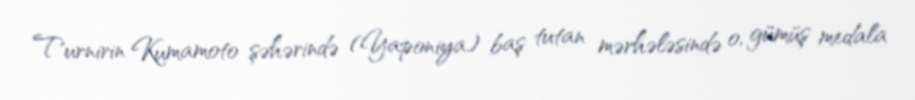
Turnirin Kumamoto şəhərində (Yaponiya) baş tutan mərhələsində o, gümüş medala